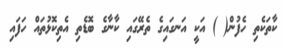
ކާތަކެތި ހެފުން( ) އަކީ އަނގައިގެ ތެރޭގައި ކާނާގެ ބޮޑެތި އެތިކޮޅުތައް ހަފައި